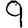
Digit: 9